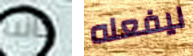
جانبا ليفعله